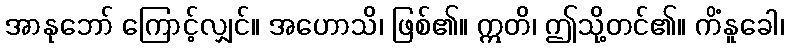
အာနုဘော် ကြောင့်လျှင်။ အဟောသိ၊ ဖြစ်၏။ ဣတိ၊ ဤသို့တင်၏။ ကိံနူခေါ၊